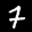
Label: 7